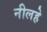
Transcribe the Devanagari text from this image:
नीलहे